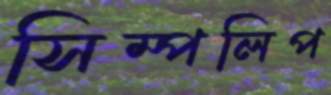
সিম্পলিপ